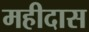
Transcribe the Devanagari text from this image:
महीदास